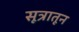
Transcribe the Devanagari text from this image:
सूत्रातून